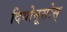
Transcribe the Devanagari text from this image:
दियोनूसोस्